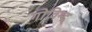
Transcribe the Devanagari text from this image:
गोविन्द्र